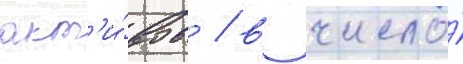
акт'и́вов / в число́